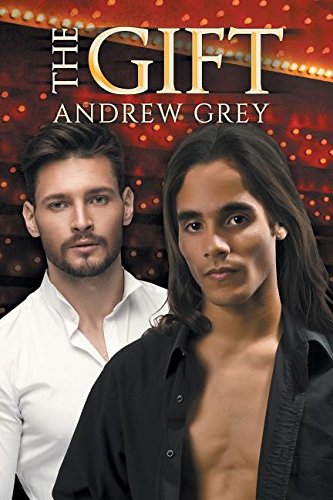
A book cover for The Gift; Andrew Grey; Romance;